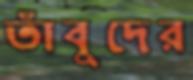
তাঁবুদের